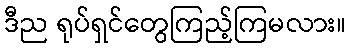
ဒီည ရုပ်ရှင်တွေကြည့်ကြမလား။